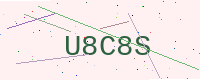
Text: U8C8S